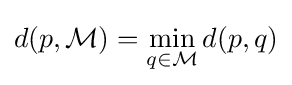
d(p,{\mathcal {M}})=\min _{q\in {\mathcal {M}}}d(p,q)